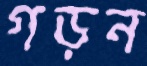
গড়ন